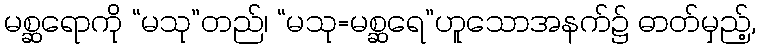
မစ္ဆရောကို “မသု”တည်၊ “မသု=မစ္ဆရေ”ဟူသောအနက်၌ ဓာတ်မှည့်,